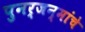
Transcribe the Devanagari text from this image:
पुनर्जन्मांचे